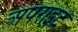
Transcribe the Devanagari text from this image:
अपराइट